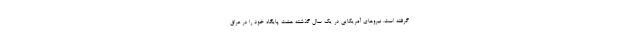
گرفته است. نیروهای آمریکایی در یک سال گذشته هشت پایگاه خود را در عراق